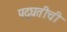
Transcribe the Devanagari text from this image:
पद्घतीची